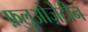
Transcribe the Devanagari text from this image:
फ़्लूओज़ेटीन